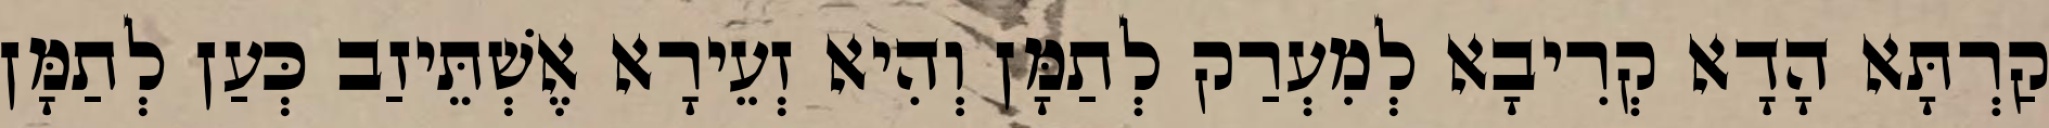
קַרְתָּא הָדָא קְרִיבָא לְמִעְרַק לְתַמָּן וְהִיא זְעֵירָא אֶשְׁתֵּיזַב כְּעַן לְתַמָּן